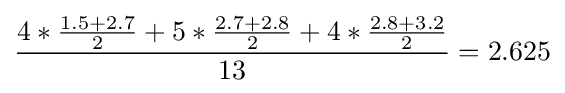
{\frac {4*{\frac {1.5+2.7}{2}}+5*{\frac {2.7+2.8}{2}}+4*{\frac {2.8+3.2}{2}}}{13}}=2.625